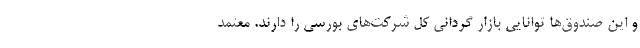
و این صندوق‌ها توانایی بازار گردانی کل شرکت‌های بورسی را دارند. معتمد